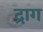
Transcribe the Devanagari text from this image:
द्राग